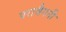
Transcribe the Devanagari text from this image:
परावैगनी